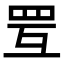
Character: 𦊂